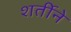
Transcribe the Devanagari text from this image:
शर्तीने